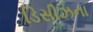
ડિસીઝના